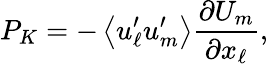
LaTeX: P_{K}=-\left\langle{u_{\ell}^{\prime}u_{m}^{\prime}}\right\rangle\frac{\partial U_{m}}{\partial x_{\ell}},